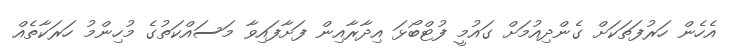
އެހެން ހަރުފަތަކަށް ގެންދިއުމަށް ގައުމީ ފުޓްބޯޅަ އިދާރާއިން ފަށާފައިވާ މަސައްކަތުގެ މުހިންމު ހަރަކާތެއް